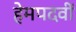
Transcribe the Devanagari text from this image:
हेमपदवीं